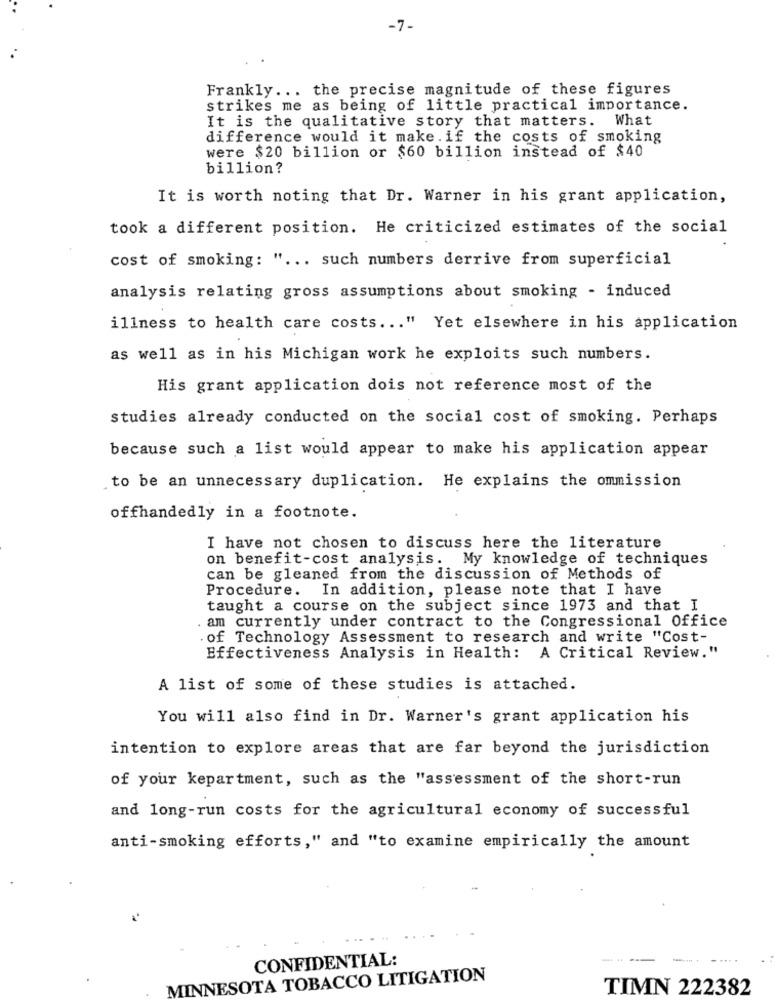
-7-
Frankly ... the precise magnitude of these figures
strikes me as being of little practical importance.
It is the qualitative story that matters. What
difference would it make. if the costs of smoking
were $20 billion or $60 billion instead of $40
billion?
It is worth noting that Dr. Warner in his grant application,
took a different position. He criticized estimates of the social
cost of smoking: " ... such numbers derrive from superficial
analysis relating gross assumptions about smoking - induced
illness to health care costs ... " Yet elsewhere in his application
as well as in his Michigan work he exploits such numbers.
His grant application dois not reference most of the
studies already conducted on the social cost of smoking. Perhaps
because such a list would appear to make his application appear
to be an unnecessary duplication. He explains the ommission
offhandedly in a footnote.
I have not chosen to discuss here the literature
on benefit-cost analysis. My knowledge of techniques
can be gleaned from the discussion of Methods of
Procedure. In addition, please note that I have
taught a course on the subject since 1973 and that I
am currently under contract to the Congressional Office
of Technology Assessment to research and write "Cost-
Effectiveness Analysis in Health: A Critical Review."
A list of some of these studies is attached.
You will also find in Dr. Warner's grant application his
intention to explore areas that are far beyond the jurisdiction
of your kepartment, such as the "assessment of the short-run
and long-run costs for the agricultural economy of successful
anti-smoking efforts," and "to examine empirically the amount
CONFIDENTIAL:
MINNESOTA TOBACCO LITIGATION
TIMN 222382